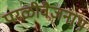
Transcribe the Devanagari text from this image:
परळीवैजनाथ